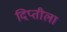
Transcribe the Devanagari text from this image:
दिप्तीला